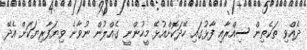
ދެއްވި ތަކެތިން ސިއްރާއި ފާޅުގައި ހޭދަކޮށްއުޅޭ މީހުންނީ ގެއްލުން ނުވާނެ ވިޔަފާރިޔަކަށް އެދޭ